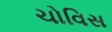
ચોવિસ